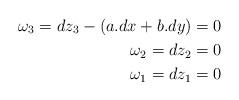
LaTeX: \begin{align*}\omega_3=dz_3- (a.dx+b.dy) & = 0\\\omega_2=dz_2& =0\\\omega_1=dz_1& =0\end{align*}